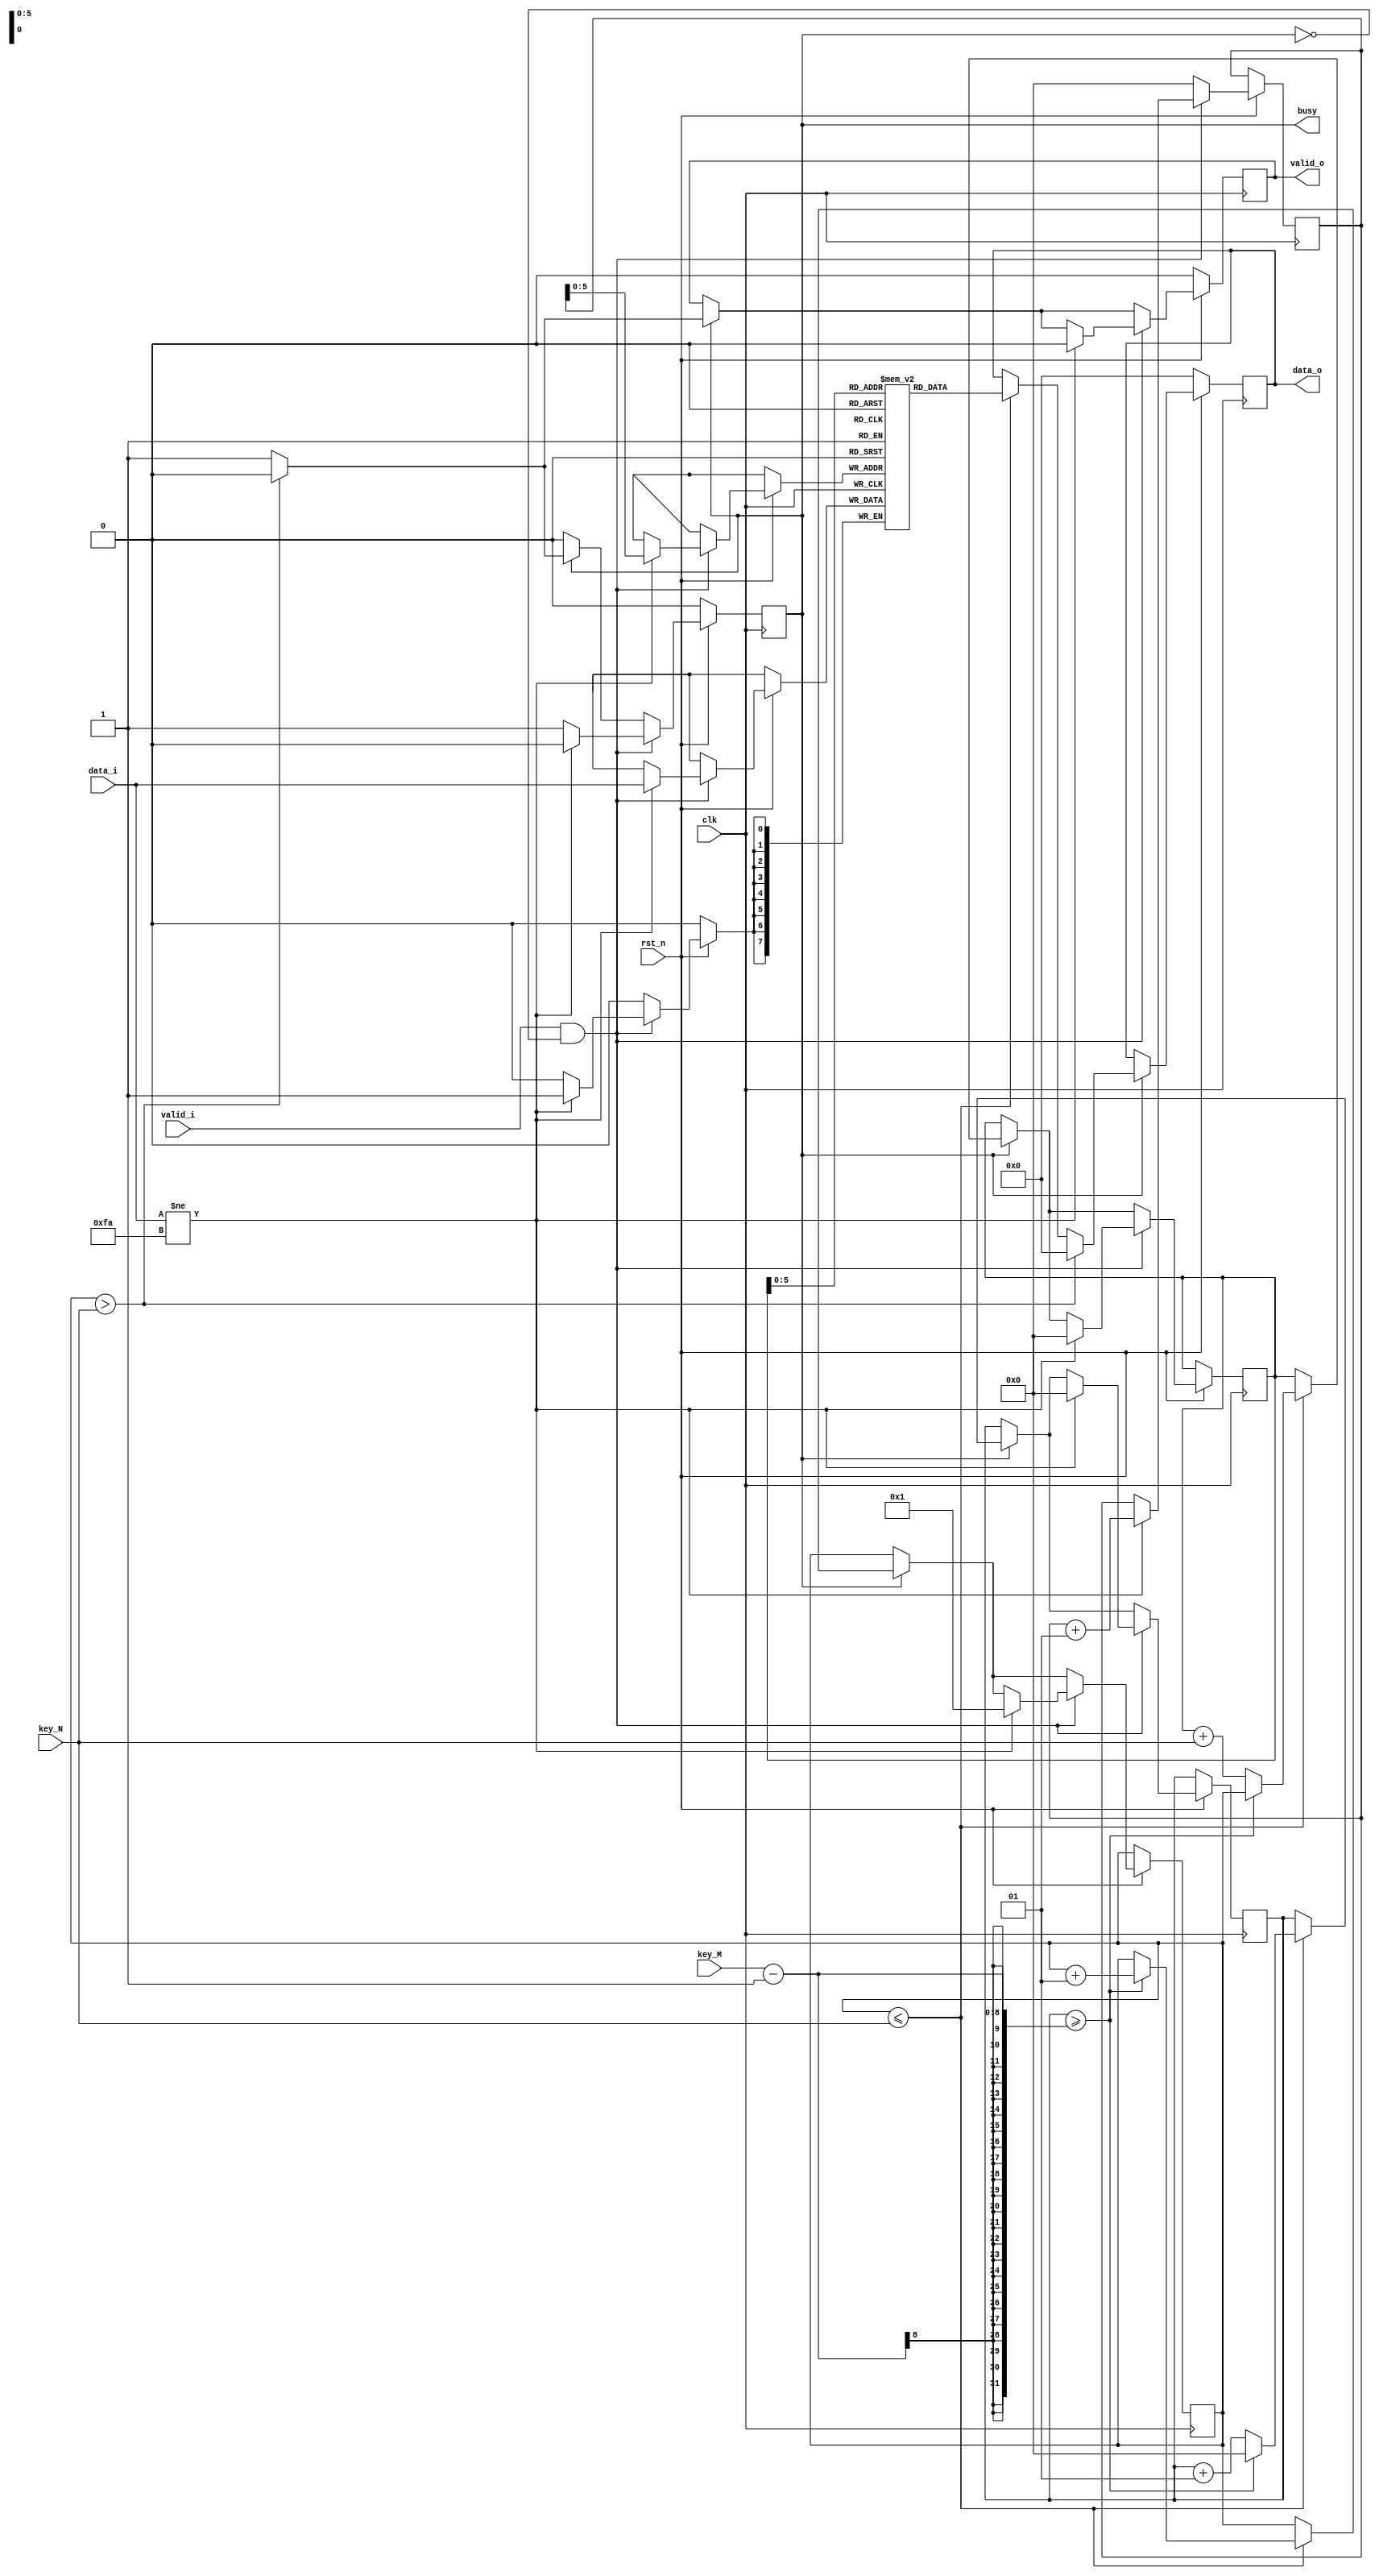
`timescale 1ns / 1ps
//////////////////////////////////////////////////////////////////////////////////
// Company: 
// Engineer: 
// 
// Design Name: 
// Module Name:    scytale_decryption 
// Project Name: 
// Target Devices: 
// Tool versions: 
// Description: 
//
// Dependencies: 
//
// Revision: 
// Revision 0.01 - File Created
// Additional Comments: 
//
//////////////////////////////////////////////////////////////////////////////////
module scytale_decryption #(
			parameter D_WIDTH = 8, 
			parameter KEY_WIDTH = 8, 
			parameter MAX_NOF_CHARS = 50,
			parameter START_DECRYPTION_TOKEN = 8'hFA
		)(
			// Clock and reset interface
			input clk,
			input rst_n,
			
			// Input interface
			input[D_WIDTH - 1:0] data_i,
			input valid_i,
			
			// Decryption Key
			input[KEY_WIDTH - 1 : 0] key_N,
			input[KEY_WIDTH - 1 : 0] key_M,
			
			// Output interface
			output reg[D_WIDTH - 1:0] data_o,
			output reg valid_o,
			output reg busy
    );

// TODO: Implement Scytale Decryption here
reg [D_WIDTH-1:0] text [0 : MAX_NOF_CHARS-1]; //am folosit un vector cu 50 de elemente pentru stocarea datelor
//i2 e folosit pt introducerea datelor de intrare in vector
//i este folosit pentru afisarea in ordinea indicata de algoritm a datelor pe iesire
integer i,lin,col,i2; 

	always @(posedge clk) begin
		if(!rst_n) begin //daca se activeaza reset, semnalele de iesire sunt puse pe 0
			data_o<=0;
			valid_o<=0;
			busy<=0;
		end
		else begin
		   //partea de afisare
		   //daca a fost activat busy, se activeaza si valid_o
	      if(busy) begin  //am folosit acest if pt a introduce decalajul dintre busy si valid_o
				valid_o<=1;
					if(lin<=key_N) begin //daca nu s-a depasit numarul de linii indicat de key_N
						data_o<=text[i]; //Se afiseaza primul caracter
						i<=i+key_N; //este incrementat cu nr de linii, pt a trece pe "coloana" urmatoare
						col<=col+1; //se incrementeaza contorul pt pseudo-coloane
						if(col>=key_M-1) begin //daca nu s-a depasit nr de coloane indicat de key_M
							lin<=lin+1; //se trece la urmatoarea "linie"
							i<=lin; //contorul de afisare trece la urmatoarea linie
							col<=0; //se reinitializeaza nr coloanei
						end
					end
					if(lin>key_N) begin //daca contorul de linii a depasit nr de linii se reinitializeaza iesirile
						data_o<=0;
						valid_o<=0;
						busy<=0;
					end
			end
			//partea de citire
			if(valid_i && !busy) begin //daca s-a semnalat inceperea primirii de date si busy nu e ridicat
				if(data_i!=START_DECRYPTION_TOKEN) begin //daca nu s-a ajuns la caracterul de incepere decriptare
					text[i2]<=data_i; //vectorul de stocare primeste in ordine valorile primite la intrare
					i2<=i2+1; //se incrementeaza contorul
					//semnalele busy si valid_o raman pe 0
					busy<=0;
					valid_o<=0;
					//se initializeaza contoarele
					i<=0;
					col<=0;
					lin<=1;
				end
			   else begin //altfel daca s-a primit caracterul special, busy este ridicat si urmeaza a se incepe decriptarea in ciclul urmator 
					busy<=1;
				end
			end
		  else i2<=0; //initializarea contorului de citire inainte si dupa ce s-au primit datele
		end
	end
endmodule